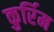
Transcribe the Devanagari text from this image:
कुर्रिम